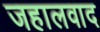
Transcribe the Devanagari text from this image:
जहालवाद